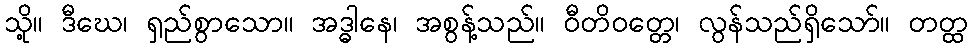
သို့။ ဒီဃေ၊ ရှည်စွာသော။ အဒ္ဓါနေ၊ အစွန့်သည်။ ဝီတိဝတ္တေ၊ လွန်သည်ရှိသော်။ တတ္ထ